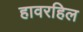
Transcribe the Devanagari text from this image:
हावरहिल